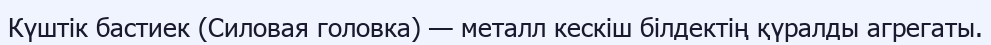
Күштiк бастиек (Силовая головка) — металл кескіш білдектің қүралды агрегаты.